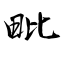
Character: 毗